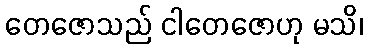
တေဇောသည် ငါတေဇောဟု မသိ၊